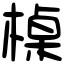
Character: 槕